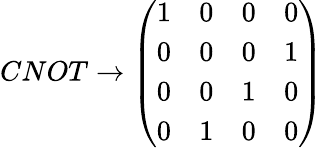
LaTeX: {CNOT}\rightarrow\left(\begin{array}{cccc}{1}&{0}&{0}&{0}\\ {0}&{0}&{0}&{1}\\ {0}&{0}&{1}&{0}\\ {0}&{1}&{0}&{0}\end{array}\right)